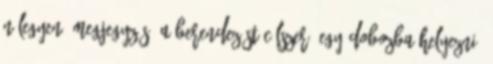
N legyen. Megjegyzés: A berendezést célszerû egy dobozba helyezni,